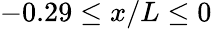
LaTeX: -0.29\leq x/L\leq 0